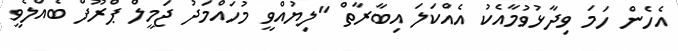
އެހެން ހަމަ ވިދާޅުވުމާއެކު އެއްކަލަ އިބާރާތް "ލިޔުއްވީ މުހައްމަދު ޖަމީލް ޕްރޫފް ބެއްލެވީ